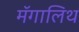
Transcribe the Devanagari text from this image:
मॅगालिथ